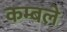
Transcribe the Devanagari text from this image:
कम्बले